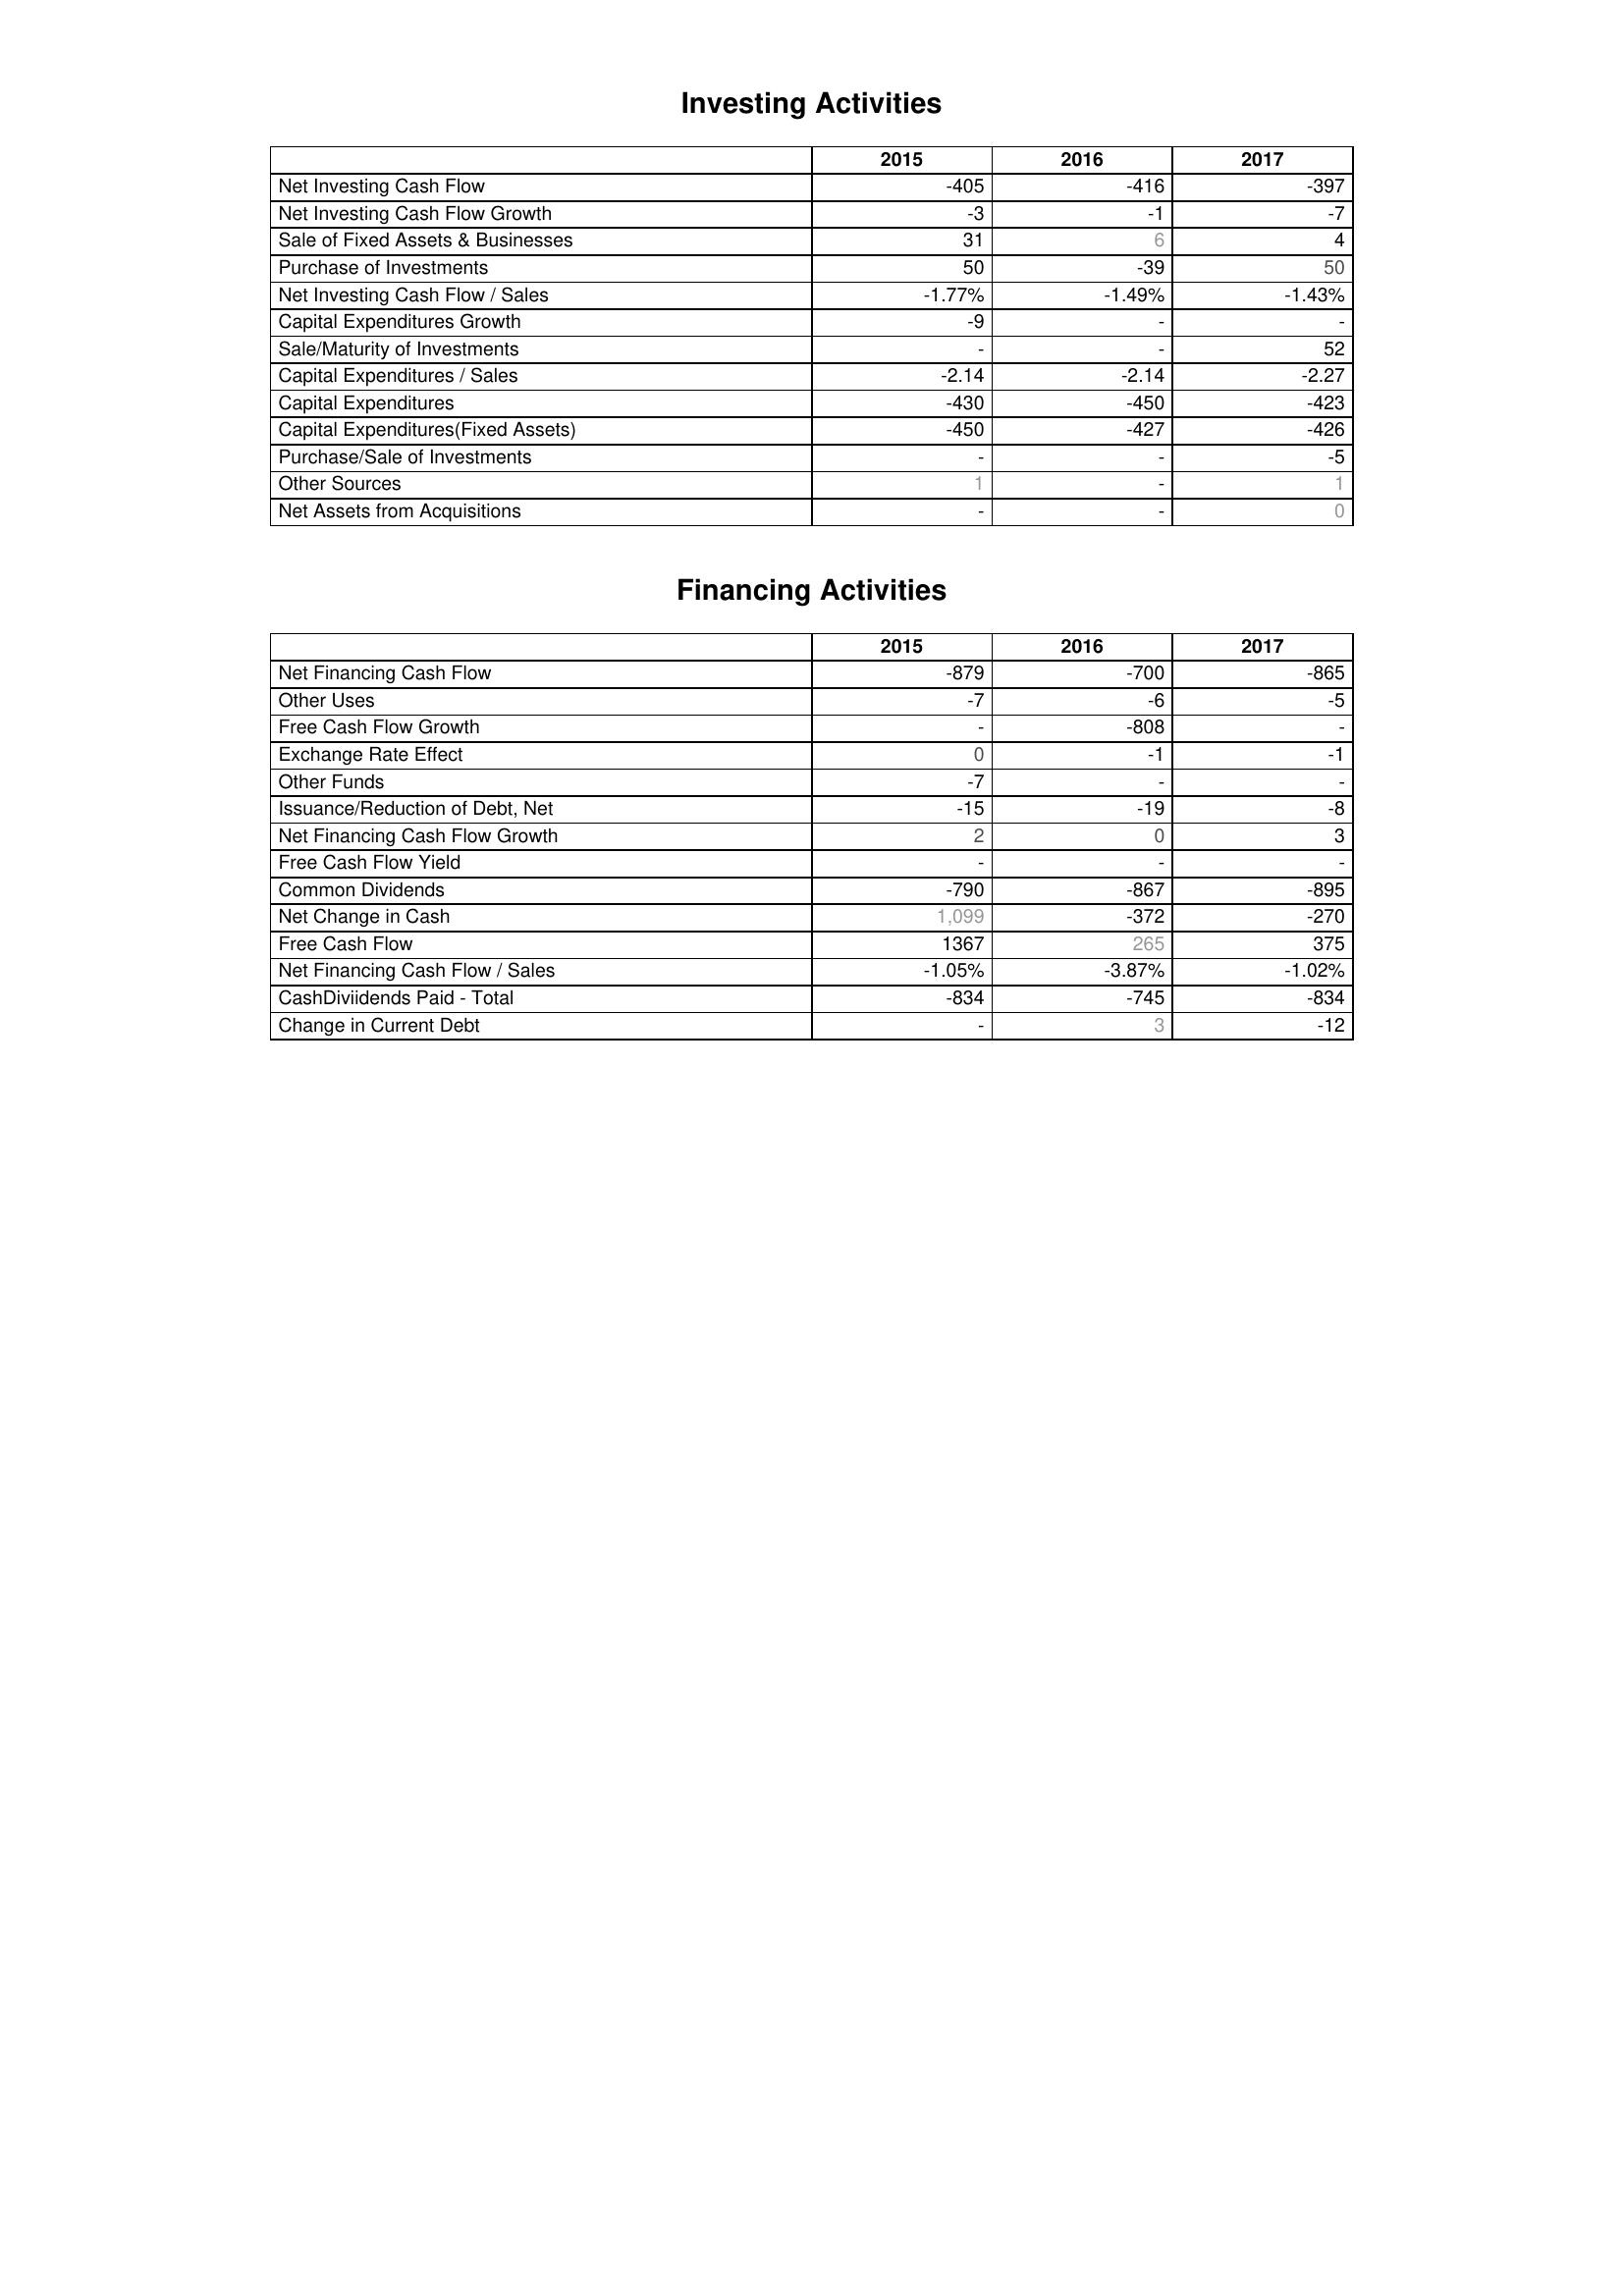
2015: Investing Activities: Net Investing Cash Flow: -405
Net Investing Cash Flow Growth: -3
Sale of Fixed Assets & Businesses: 31
Purchase of Investments: 50
Net Investing Cash Flow / Sales: -1.77%
Capital Expenditures Growth: -9
Sale/Maturity of Investments: -
Capital Expenditures / Sales: -2.14
Capital Expenditures: -430
Capital Expenditures(Fixed Assets): -450
Purchase/Sale of Investments: -
Other Sources: 1
Net Assets from Acquisitions: -
Financing Activities: Net Financing Cash Flow: -879
Other Uses: -7
Free Cash Flow Growth: -
Exchange Rate Effect: 0
Other Funds: -7
Issuance/Reduction of Debt, Net: -15
Net Financing Cash Flow Growth: 2
Free Cash Flow Yield: -
Common Dividends: -790
Net Change in Cash: 1,099
Free Cash Flow: 1367
Net Financing Cash Flow / Sales: -1.05%
CashDiviidends Paid - Total: -834
Change in Current Debt: -
2016: Investing Activities: Net Investing Cash Flow: -416
Net Investing Cash Flow Growth: -1
Sale of Fixed Assets & Businesses: 6
Purchase of Investments: -39
Net Investing Cash Flow / Sales: -1.49%
Capital Expenditures Growth: -
Sale/Maturity of Investments: -
Capital Expenditures / Sales: -2.14
Capital Expenditures: -450
Capital Expenditures(Fixed Assets): -427
Purchase/Sale of Investments: -
Other Sources: -
Net Assets from Acquisitions: -
Financing Activities: Net Financing Cash Flow: -700
Other Uses: -6
Free Cash Flow Growth: -808
Exchange Rate Effect: -1
Other Funds: -
Issuance/Reduction of Debt, Net: -19
Net Financing Cash Flow Growth: 0
Free Cash Flow Yield: -
Common Dividends: -867
Net Change in Cash: -372
Free Cash Flow: 265
Net Financing Cash Flow / Sales: -3.87%
CashDiviidends Paid - Total: -745
Change in Current Debt: 3
2017: Investing Activities: Net Investing Cash Flow: -397
Net Investing Cash Flow Growth: -7
Sale of Fixed Assets & Businesses: 4
Purchase of Investments: 50
Net Investing Cash Flow / Sales: -1.43%
Capital Expenditures Growth: -
Sale/Maturity of Investments: 52
Capital Expenditures / Sales: -2.27
Capital Expenditures: -423
Capital Expenditures(Fixed Assets): -426
Purchase/Sale of Investments: -5
Other Sources: 1
Net Assets from Acquisitions: 0
Financing Activities: Net Financing Cash Flow: -865
Other Uses: -5
Free Cash Flow Growth: -
Exchange Rate Effect: -1
Other Funds: -
Issuance/Reduction of Debt, Net: -8
Net Financing Cash Flow Growth: 3
Free Cash Flow Yield: -
Common Dividends: -895
Net Change in Cash: -270
Free Cash Flow: 375
Net Financing Cash Flow / Sales: -1.02%
CashDiviidends Paid - Total: -834
Change in Current Debt: -12